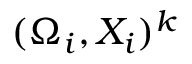
( \Omega _ { i } , X _ { i } ) ^ { k }